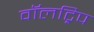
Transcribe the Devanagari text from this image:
वॉलट्रिप